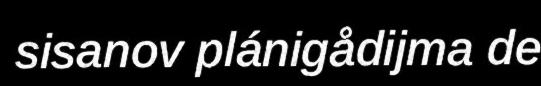
sisanov plánigådijma de